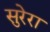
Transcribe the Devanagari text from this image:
सुरेरा